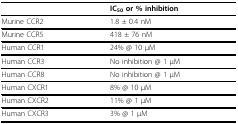
|  | IC50 or % inhibition |
 | --- | --- |
 | Murine CCR2 | 1.8 ± 0.4 nM |
 | Murine CCR5 | 418 ± 76 nM |
 | Human CCR1 | 24% @ 10 μM |
 | Human CCR3 | No inhibition @ 1 μM |
 | Human CCR8 | No inhibition @ 1 μM |
 | Human CXCR1 | 8% @ 10 μM |
 | Human CXCR2 | 11% @ 1 μM |
 | Human CXCR3 | 3% @ 1 μM |